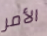
الأمر